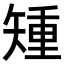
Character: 𥏱